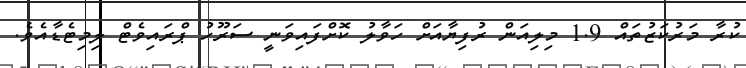
ކުރާ މަރުކަޒުތައް 1.9 މިލިއަން ރުފިޔާއަށް ހަވާލު ކޮށްފައިވަނީ ސަރޫހު ޕްރައިވެޓް ލިމިޓެޑާއެވެ.